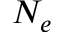
N _ { e }